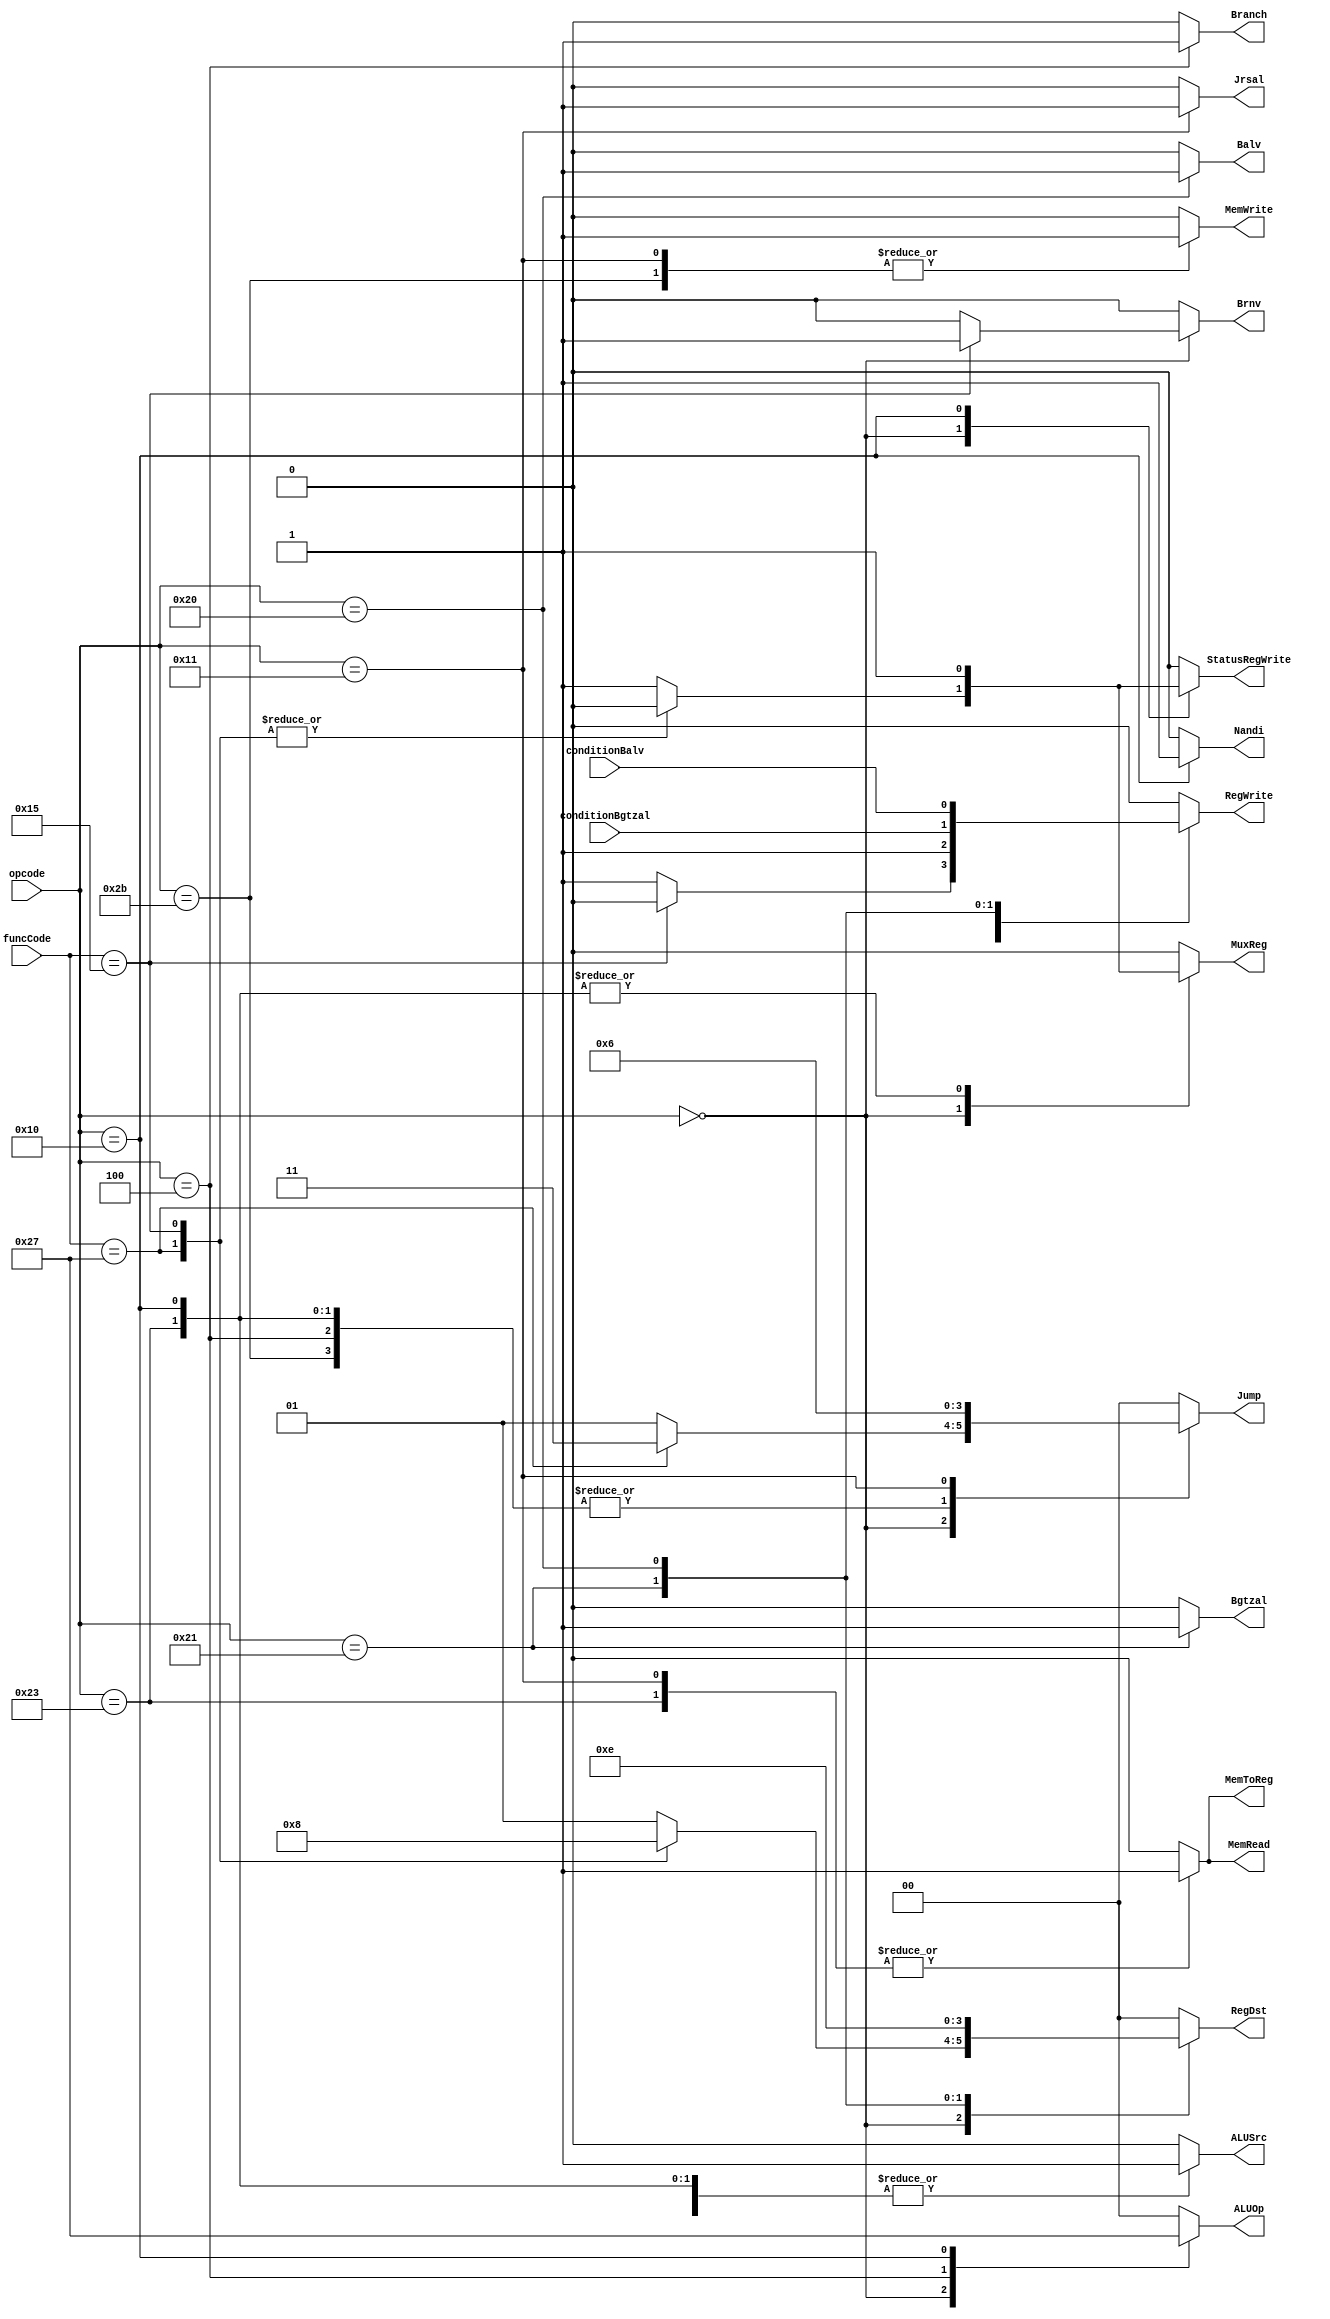
module control(
    input conditionBalv,
    input conditionBgtzal,
    input [5:0] opcode,
    input [5:0] funcCode,
    output reg [1:0] RegDst,
    output reg ALUSrc,
    output reg MemToReg,
    output reg RegWrite,
    output reg MemRead,
    output reg MemWrite,
    output reg Branch,
    output reg [1:0] ALUOp,
    output reg [1:0] Jump,
    output reg Brnv,
    output reg Nandi,
    output reg MuxReg,
    output reg Balv,
    output reg Bgtzal,
    output reg Jrsal,
    output reg StatusRegWrite
);

    always @(*) begin
        // Default values
        RegDst = 2'b00;
        ALUSrc = 0;
        MemToReg = 0;
        RegWrite = 0;
        MemRead = 0;
        MemWrite = 0;
        Branch = 0;
        ALUOp = 2'b00;
        Jump = 2'b00;
        Brnv = 0;
        Nandi = 0;
        MuxReg = 0;
        Balv = 0;
        Bgtzal = 0;
        Jrsal = 0;
        StatusRegWrite = 0;

        case (opcode)
            6'b000000: begin // R-format
                case (funcCode)
                    6'b100111: begin // Jmnor (R - F)
                        RegDst = 2'b10;
                        ALUSrc = 0;
                        MemToReg = 0;
                        RegWrite = 1;
                        MemRead = 0;
                        MemWrite = 0;
                        Branch = 0;
                        ALUOp = 2'b10;
                        Jump = 2'b11;
                        Brnv = 0;
                        Nandi = 0;
                        MuxReg = 0;
                        Balv = 0;
                        Bgtzal = 0;
                        Jrsal = 0;
                        StatusRegWrite = 0;
                    end
                    6'b010101: begin // Brnv (R - F)
                        RegDst = 2'b00;
                        ALUSrc = 0;
                        MemToReg = 0;
                        RegWrite = 0;
                        MemRead = 0;
                        MemWrite = 0;
                        Branch = 0;
                        ALUOp = 2'b10;
                        Jump = 2'b01;
                        Brnv = 1;
                        Nandi = 0;
                        MuxReg = 0;
                        Balv = 0;
                        Bgtzal = 0;
                        Jrsal = 0;
                        StatusRegWrite = 0;
                    end
                    default: begin
                        RegDst = 2'b01;
                        ALUSrc = 0;
                        MemToReg = 0;
                        RegWrite = 1;
                        MemRead = 0;
                        MemWrite = 0;
                        Branch = 0;
                        ALUOp = 2'b10;
                        Jump = 2'b01;
                        Brnv = 0;
                        Nandi = 0;
                        MuxReg = 1;
                        Balv = 0;
                        Bgtzal = 0;
                        Jrsal = 0;
                        StatusRegWrite = 1;
                    end
                endcase
            end

            6'b100011: begin // lw
                RegDst = 2'b00;
                ALUSrc = 1;
                MemToReg = 1;
                RegWrite = 1;
                MemRead = 1;
                MemWrite = 0;
                Branch = 0;
                ALUOp = 2'b00;
                Jump = 2'b01;
                Brnv = 0;
                Nandi = 0;
                MuxReg = 1;
                Balv = 0;
                Bgtzal = 0;
                Jrsal = 0;
                StatusRegWrite = 0;
            end
            6'b101011: begin // sw
                RegDst = 2'b00;
                ALUSrc = 1;
                MemToReg = 0;
                RegWrite = 0;
                MemRead = 0;
                MemWrite = 1;
                Branch = 0;
                ALUOp = 2'b00;
                Jump = 2'b01;
                Brnv = 0;
                Nandi = 0;
                MuxReg = 0;
                Balv = 0;
                Bgtzal = 0;
                Jrsal = 0;
                StatusRegWrite = 0;
            end
            6'b000100: begin // beq
                RegDst = 2'b00;
                ALUSrc = 0;
                MemToReg = 0;
                RegWrite = 0;
                MemRead = 0;
                MemWrite = 0;
                Branch = 1;
                ALUOp = 2'b01;
                Jump = 2'b01;
                Brnv = 0;
                Nandi = 0;
                MuxReg = 0;
                Balv = 0;
                Bgtzal = 0;
                Jrsal = 0;
                StatusRegWrite = 0;
            end
            6'b010000: begin // Nandi
                RegDst = 2'b00;
                ALUSrc = 1;
                MemToReg = 0;
                RegWrite = 1;
                MemRead = 0;
                MemWrite = 0;
                Branch = 0;
                ALUOp = 2'b11;
                Jump = 2'b01;
                Brnv = 0;
                Nandi = 1;
                MuxReg = 1;
                Balv = 0;
                Bgtzal = 0;
                Jrsal = 0;
                StatusRegWrite = 1;
            end
            6'b100001: begin // Bgtzal
                RegDst = 2'b11;
                ALUSrc = 0;
                MemToReg = 0;
                RegWrite = conditionBgtzal;
                MemRead = 0;
                MemWrite = 0;
                Branch = 0;
                ALUOp = 2'b00;
                Jump = 2'b00;
                Brnv = 0;
                Nandi = 0;
                MuxReg = 0;
                Balv = 0;
                Bgtzal = 1;
                Jrsal = 0;
                StatusRegWrite = 0;
            end
            6'b100000: begin // Balv
                RegDst = 2'b10;
                ALUSrc = 0;
                MemToReg = 0;
                RegWrite = conditionBalv;
                MemRead = 0;
                MemWrite = 0;
                Branch = 0;
                ALUOp = 2'b00;
                Jump = 2'b00;
                Brnv = 0;
                Nandi = 0;
                MuxReg = 0;
                Balv = 1;
                Bgtzal = 0;
                Jrsal = 0;
                StatusRegWrite = 0;
            end
            6'b010001: begin // Jrsal
                RegDst = 2'b00;
                ALUSrc = 0;
                MemToReg = 1;
                RegWrite = 0;
                MemRead = 1;
                MemWrite = 1;
                Branch = 0;
                ALUOp = 2'b00;
                Jump = 2'b10;
                Brnv = 0;
                Nandi = 0;
                MuxReg = 0;
                Balv = 0;
                Bgtzal = 0;
                Jrsal = 1;
                StatusRegWrite = 0;
            end
        endcase
    end
endmodule